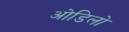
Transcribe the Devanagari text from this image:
ओडिलो